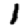
Digit: 1